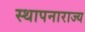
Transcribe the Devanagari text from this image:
स्थापनाराज्य